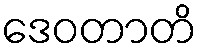
ဒေဝတာတိ